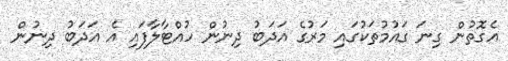
އެގޮތުން ގިނަ ގައުމުތަކުގައި މަރުގެ އަދަބު ދިނުން ހުއްޓާލާފައި އެ އަދަބު ދިނުން